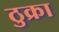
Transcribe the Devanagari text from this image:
ठुक्रा